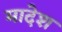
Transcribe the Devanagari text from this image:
मादेश